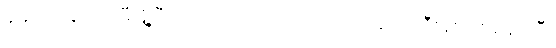
ခုပေါက်ချိုင်ကိုမီးရှို့ပြီး သပြေကန်ဘက်ကို လက်နက်ကြီးနဲ့စပစ်နေပါပြီ။